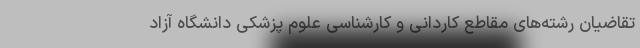
تقاضیان رشته‌های مقاطع کاردانی و کارشناسی علوم پزشکی دانشگاه آزاد